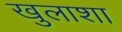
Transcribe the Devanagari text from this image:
खुलाशा